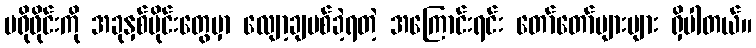
ပရိုဖိုင်းကို အခုနှစ်ပိုင်းတွေမှာ လျော့ချပစ်ခဲ့ရတဲ့ အကြောင်းရင်း တော်တော်များများ ရှိပါတယ်။